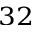
^ { 3 2 }